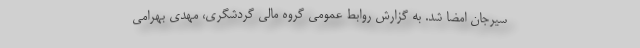
سیرجان امضا شد. به گزارش روابط عمومی گروه مالی گردشگری، مهدی بهرامی